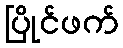
ပြိုင်ဖက်